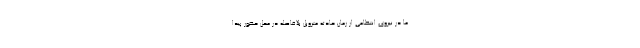
ما در نیروی انتظامی از زمان حادثه متروپل بلافاصله در محل حضور پیدا